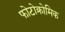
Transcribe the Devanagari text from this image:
फोटोक्रोमिक